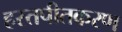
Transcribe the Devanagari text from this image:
हस्तपीतकरण